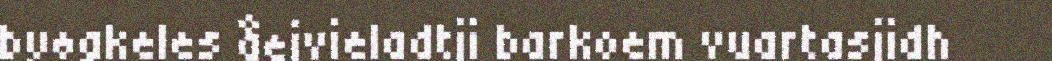
byøgkeles åejvieladtji barkoem vuartasjidh